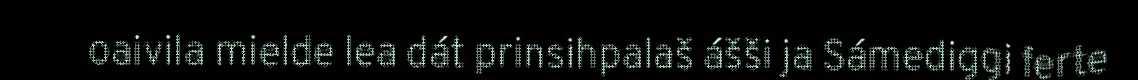
oaivila mielde lea dát prinsihpalaš ášši ja Sámediggi ferte